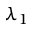
\lambda _ { 1 }